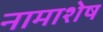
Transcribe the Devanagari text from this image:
नामाशेष